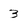
Character: 3